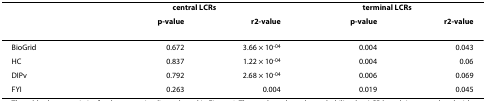
<table><thead><tr><td></td><td colspan="2"><b><i>central LCRs</i></b></td><td colspan="2"><b><i>terminal LCRs</i></b></td></tr><tr><td></td><td><b><i>p</i>-value</b></td><td><b><i>r</i><sup>2</sup>-value</b></td><td><b><i>p</i>-value</b></td><td><b><i>r</i><sup>2</sup>-value</b></td></tr></thead><tbody><tr><td>BioGrid</td><td>0.672</td><td>3.66 × 10<sup>-04</sup></td><td>0.004</td><td>0.043</td></tr><tr><td>HC</td><td>0.837</td><td>1.22 × 10<sup>-04</sup></td><td>0.004</td><td>0.06</td></tr><tr><td>DIPv</td><td>0.792</td><td>2.68 × 10<sup>-04</sup></td><td>0.006</td><td>0.069</td></tr><tr><td>FYI</td><td>0.263</td><td>0.004</td><td>0.019</td><td>0.045</td></tr></tbody></table>